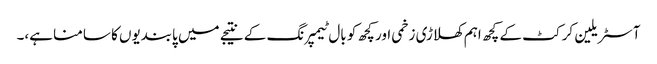
آسٹریلین کرکٹ کے کچھ اہم کھلاڑی زخمی اور کچھ کو بال ٹیمپرنگ کے نتیجے میں پابندیوں کا سامنا ہے،۔